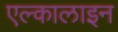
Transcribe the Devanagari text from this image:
एल्कालाइन